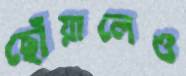
ছোঁয়ালেও